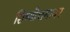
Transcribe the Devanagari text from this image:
शिष्योत्तमावर